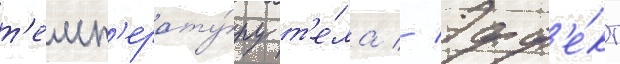
т'емп'ерату́ру т'е́ла // Эфф'е́кт